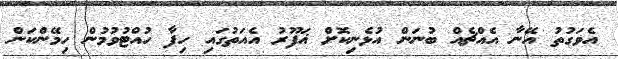
އެވަގުތު އޭނާ އެއްޗެއް ބުނަން އުޅެނިކޮށް ޣަފޫރު އެއަތުގައި ހިފާ ހުއްޓުވުމުން ހިމޭންކަން